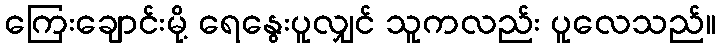
ကြေးချောင်းမို့ ရေနွေးပူလျှင် သူကလည်း ပူလေသည်။